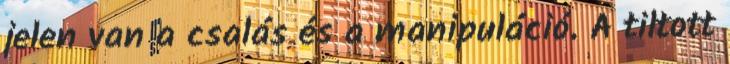
jelen van a csalás és a manipuláció. A tiltott